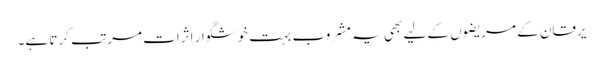
یرقان کے مریضوں کے لیے بھی یہ مشروب بہت خوشگوار اثرات مرتب کرتا ہے۔